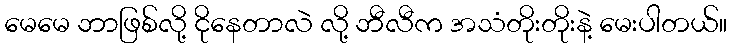
မေမေ ဘာဖြစ်လို့ ငိုနေတာလဲ လို့ ဘီလီက အသံတိုးတိုးနဲ့ မေးပါတယ်။